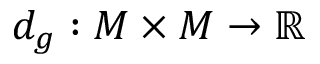
d _ { g } : M \times M \to \mathbb { R }